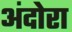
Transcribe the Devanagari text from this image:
अंदोरा